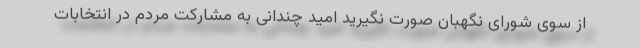
از سوی شورای نگهبان صورت نگیرید امید چندانی به مشارکت مردم در انتخابات